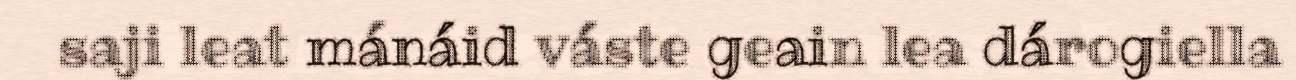
saji leat mánáid váste geain lea dárogiella